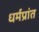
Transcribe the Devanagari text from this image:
धर्मप्रांत